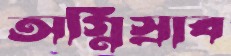
অগ্নিস্রাব